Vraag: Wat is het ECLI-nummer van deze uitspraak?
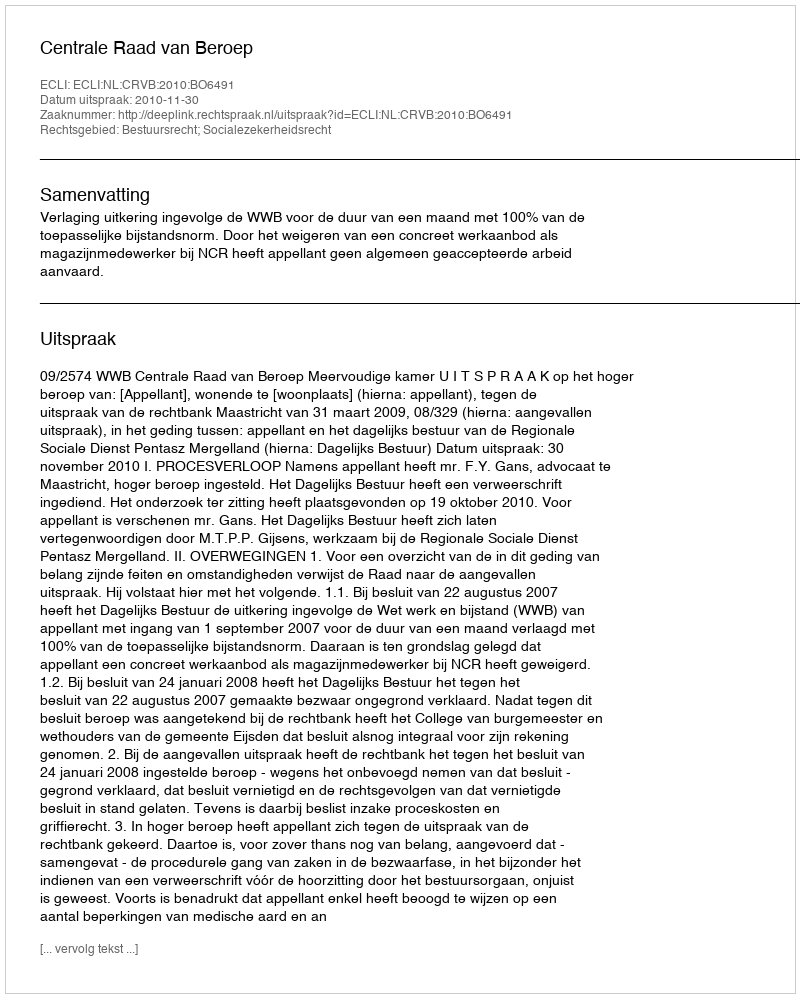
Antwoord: ECLI:NL:CRVB:2010:BO6491